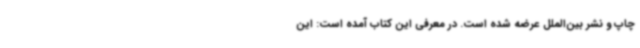
چاپ و نشر بین‌الملل عرضه شده است. در معرفی این کتاب آمده است: این